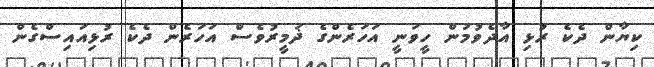
ކިޔާން ދެކެ ރުޅި އާދެވުމުން ހީވަނީ އަހަރެންގެ ޛަމީރުވެސް އަހަރެން ދެކެ ރުޅިއައިސްގެން